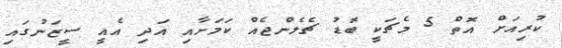
ކުރިއަށް އޮތް 5 މެޗަކީ ބޮޑު ޗެލެންޖެއް ކަމަށާއި އަދި އެއީ ސީޒަނުގައި